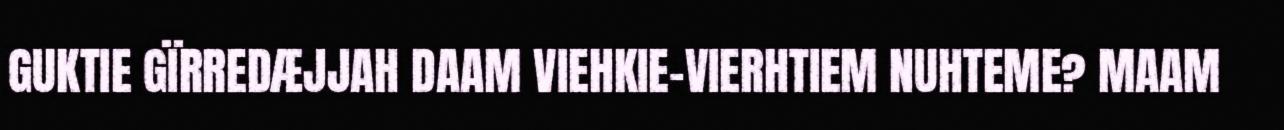
GUKTIE GÏRREDÆJJAH DAAM VIEHKIE-VIERHTIEM NUHTEME? MAAM